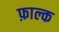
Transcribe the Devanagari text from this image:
फ़ाल्क